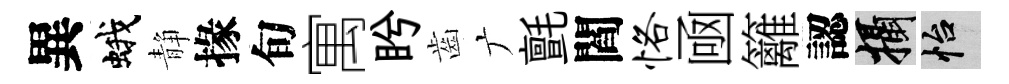
異蛾静掾旬寓盻齒广氈閻恪凾籬認攝怡